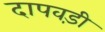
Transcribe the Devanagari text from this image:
दापवड़ी